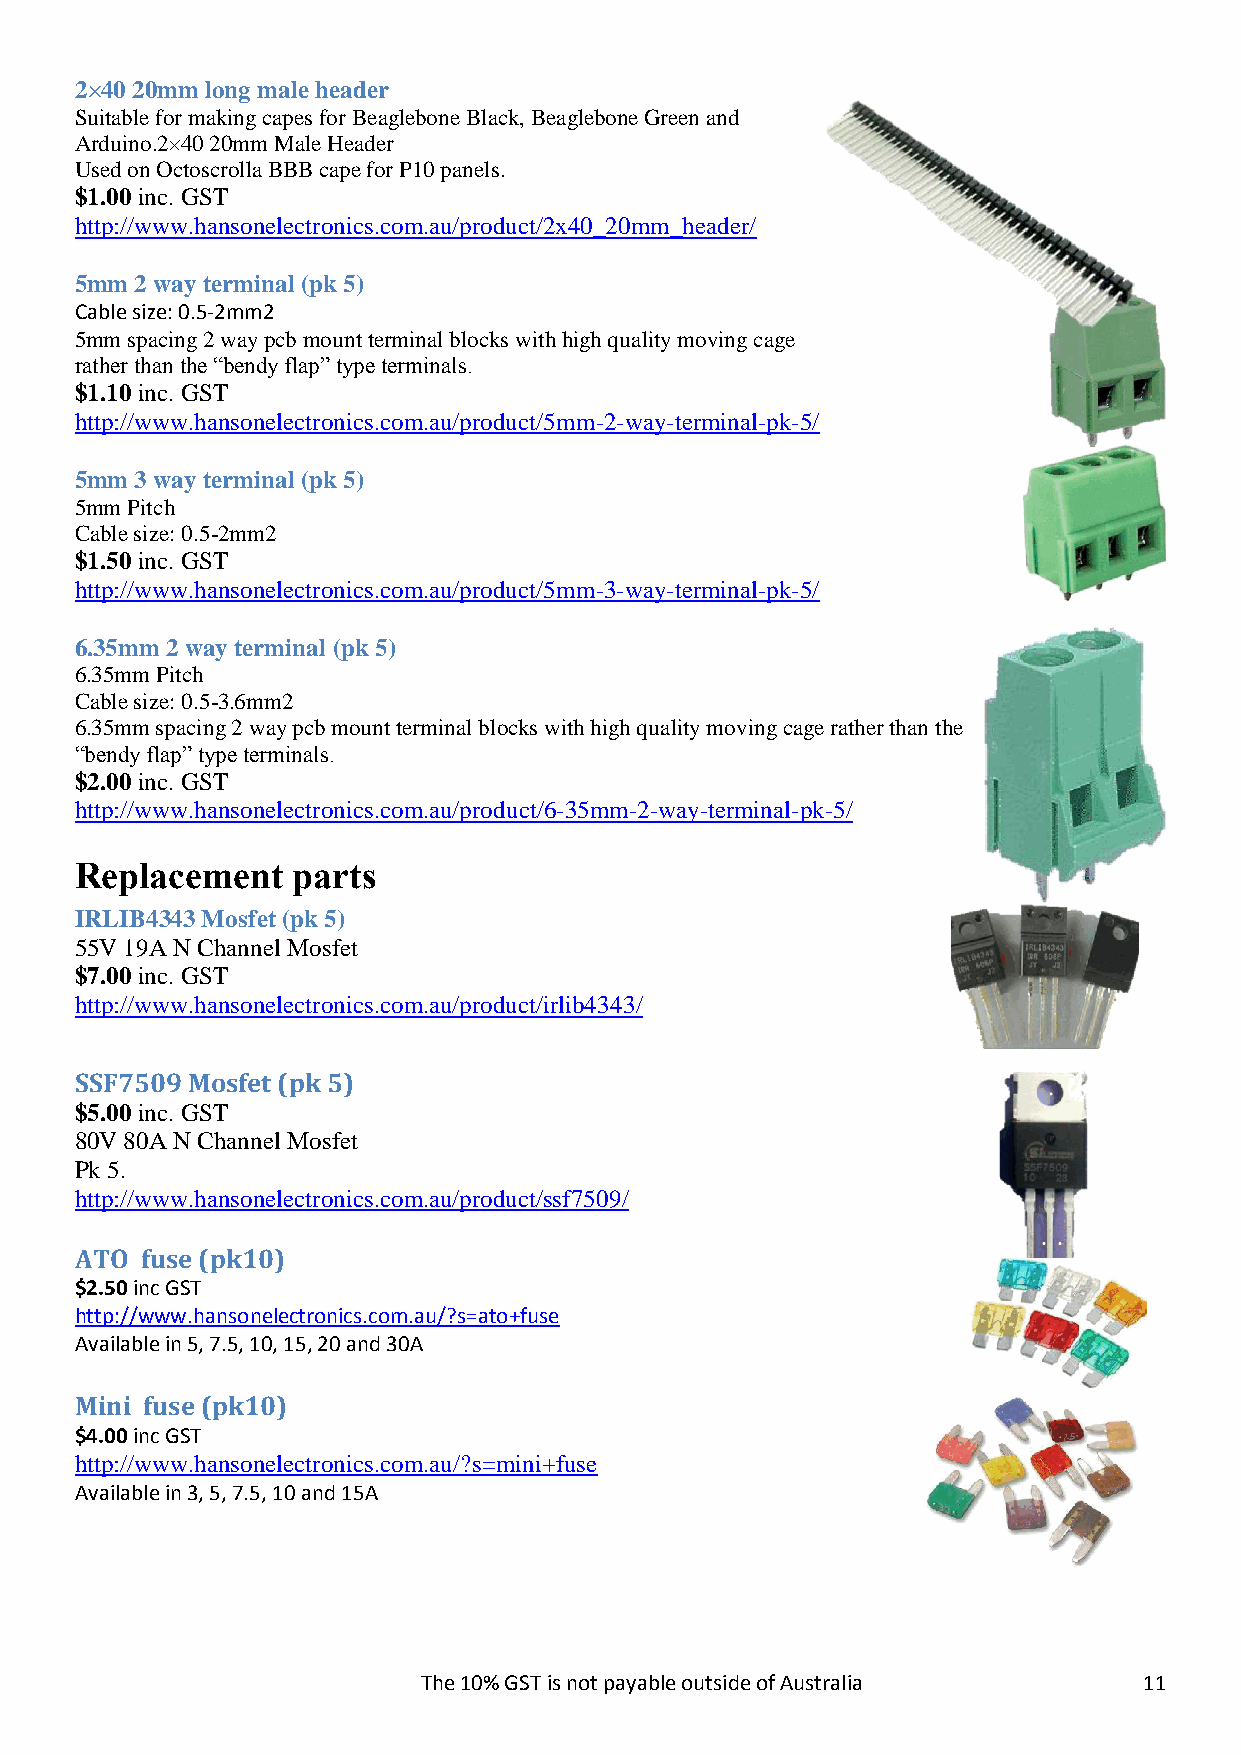
2×40 20mm long male header
 Suitable for making capes for Beaglebone Black, Beaglebone Green and
 Arduino.2×40 20mm Male Header
 Used on Octoscrolla BBB cape for P10 panels.
 $1.00 inc. GST
 http://www.hansonelectronics.com.au/product/2x40_20mm_header/
 5mm 2 way terminal (pk 5)
 Cable size: 0.5-2mm2
 5mm spacing 2 way pcb mount terminal blocks with high quality moving cage
 rather than the “bendy flap” type terminals.
 $1.10 inc. GST
 http://www.hansonelectronics.com.au/product/5mm-2-way-terminal-pk-5/
 5mm 3 way terminal (pk 5)
 5mm Pitch
 Cable size: 0.5-2mm2
 $1.50 inc. GST
 http://www.hansonelectronics.com.au/product/5mm-3-way-terminal-pk-5/
 6.35mm 2 way terminal (pk 5)
 6.35mm Pitch
 Cable size: 0.5-3.6mm2
 6.35mm spacing 2 way pcb mount terminal blocks with high quality moving cage rather than the
 “bendy flap” type terminals.
 $2.00 inc. GST
 http://www.hansonelectronics.com.au/product/6-35mm-2-way-terminal-pk-5/
 Replacement   parts
 IRLIB4343 Mosfet (pk 5)
 55V 19A N Channel Mosfet
 $7.00 inc. GST
 http://www.hansonelectronics.com.au/product/irlib4343/
 SSF7509 Mosfet (pk 5)
 $5.00 inc. GST
 80V 80A N Channel Mosfet
 Pk 5.
 http://www.hansonelectronics.com.au/product/ssf7509/
 ATO fuse (pk10)
 $2.50 inc GST
 http://www.hansonelectronics.com.au/?s=ato+fuse
 Available in 5, 7.5, 10, 15, 20 and 30A
 Mini fuse (pk10)
 $4.00 inc GST
 http://www.hansonelectronics.com.au/?s=mini+fuse
 Available in 3, 5, 7.5, 10 and 15A
 The 10% GST is not payable outside of Australia 11